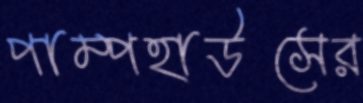
পাম্পহাউসের